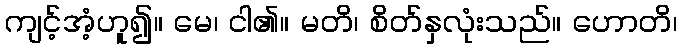
ကျင့်အံ့ဟူ၍။ မေ၊ ငါ၏။ မတိ၊ စိတ်နှလုံးသည်။ ဟောတိ၊